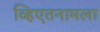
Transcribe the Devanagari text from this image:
व्हिएतनामला